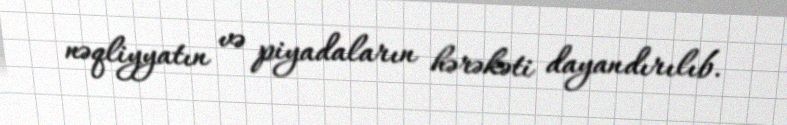
nəqliyyatın və piyadaların hərəkəti dayandırılıb.